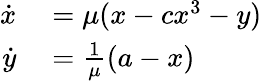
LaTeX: \begin{array}{rl}{\dot{x}}&{{}=\mu(x-cx^{3}-y)}\\ {\dot{y}}&{{}=\frac{1}{\mu}(a-x)}\end{array}